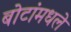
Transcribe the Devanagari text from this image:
बोटांमधले